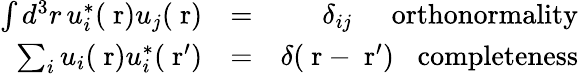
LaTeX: \begin{array}{rlr}{\int d^{3}r\, u_{i}^{*}(\mathrm{\mathbf~r})u_{j}(\mathrm{\mathbf~r})}&{=}&{\delta_{ij}\; \; \; \; \; \mathrm{orthonormality}}\\ {\sum_{i}u_{i}(\mathrm{\mathbf~r})u_{i}^{*}(\mathrm{\mathbf~r}^{\prime})}&{=}&{\delta(\mathrm{\mathbf~r}-\mathrm{\mathbf~r}^{\prime})\; \; \; \mathrm{completeness}}\end{array}